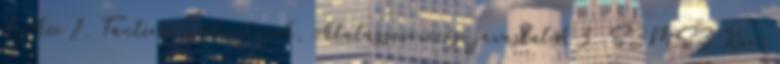
elnökei 2. Tantervi módosítások, oktatásszervezési javaslatok 3. SZMSZ Kari